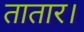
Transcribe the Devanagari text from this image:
तातार।